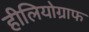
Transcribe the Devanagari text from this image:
हीलियोग्राफ